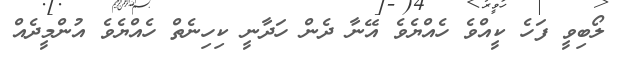
ލޯބިވީ ފަހެ ކީއްވެ ހެއްޔެވެ އޭނާ ދެން ހަދާނީ ކިހިނެތް ހެއްޔެވެ އުންމީދެއް